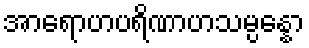
အာရောဟပရိဏာဟသမ္ပန္နော